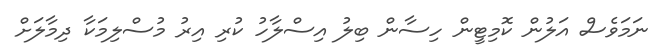
ނަމަވެސް އަލުން ކޮމިޓީން ހިސާން ބިލު އިސްލާހު ކުރި އިރު މުސްލިމަކާ ދިމާލަށް